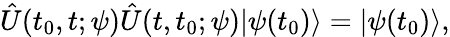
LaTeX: \hat{U}(t_{0},t;\psi)\hat{U}(t,t_{0};\psi)|\psi(t_{0})\rangle=|\psi(t_{0})\rangle,